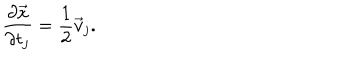
LaTeX: { \frac { \partial \vec { x } } { \partial t _ { j } } } = { \frac { 1 } { 2 } } \vec { v } _ { j } .